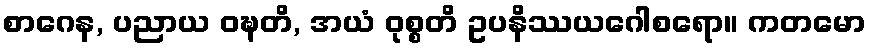
စာဂေန, ပညာယ ဝဍ္ဎတိ, အယံ ဝုစ္စတိ ဥပနိဿယဂေါစရော။ ကတမော